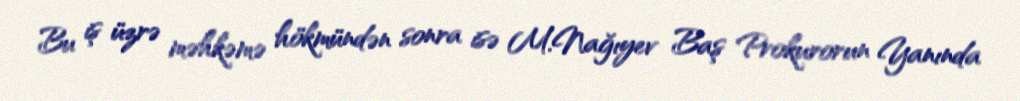
Bu iş üzrə məhkəmə hökmündən sonra isə M.Nağıyev Baş Prokurorun Yanında